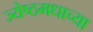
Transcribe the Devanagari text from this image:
ज्येष्ठमधाच्या